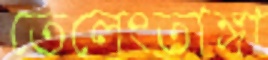
তেলেংতাঙ্গা